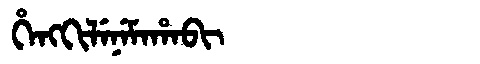
Manchu: ᡥᡝᠩᡴᡳᠯᡝᠨᡝᠮᠠᡥᠠᠪᡳ
Romanization: HENGKILENEMAHABI